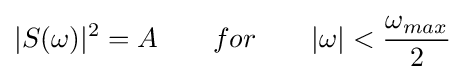
|S(\omega )|^{2}=A\qquad for\qquad |\omega |<{\frac {\omega _{max}}{2}}